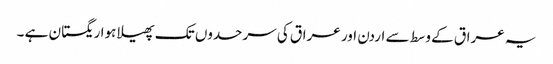
یہ عراق کے وسط سے اردن اور عراق کی سرحدوں تک پھیلا ہوا ریگستان ہے ۔